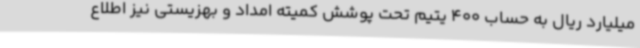
میلیارد ریال به حساب 400 یتیم تحت پوشش کمیته امداد و بهزیستی نیز اطلاع